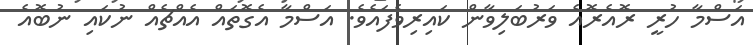
އަސްމާ ހުރީ ރޮއެރޮއެ ވަރުބަލިވާން ކައިރިވެފައެވެ. އަސްމާ އެގޮތައް އެއްޗެއް ނުކައި ނުބޮއެ